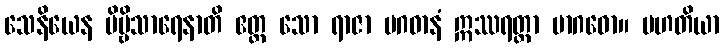
သေနိယေန ဗိမ္ဗိသာရေနာတိ ဧတ္ထ သော ရာဇာ မဂဓာနံ ဣဿရတ္တာ မာဂဓော။ မဟတိယာ